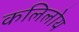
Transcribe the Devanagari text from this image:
कलिलोय